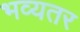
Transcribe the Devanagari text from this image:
भव्यतर